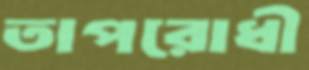
তাপরোধী